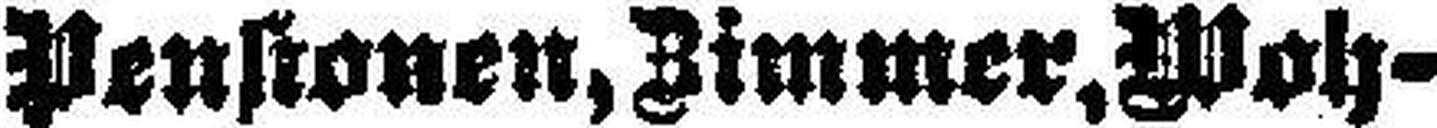
Pensionen, Zimmer, Woh¬